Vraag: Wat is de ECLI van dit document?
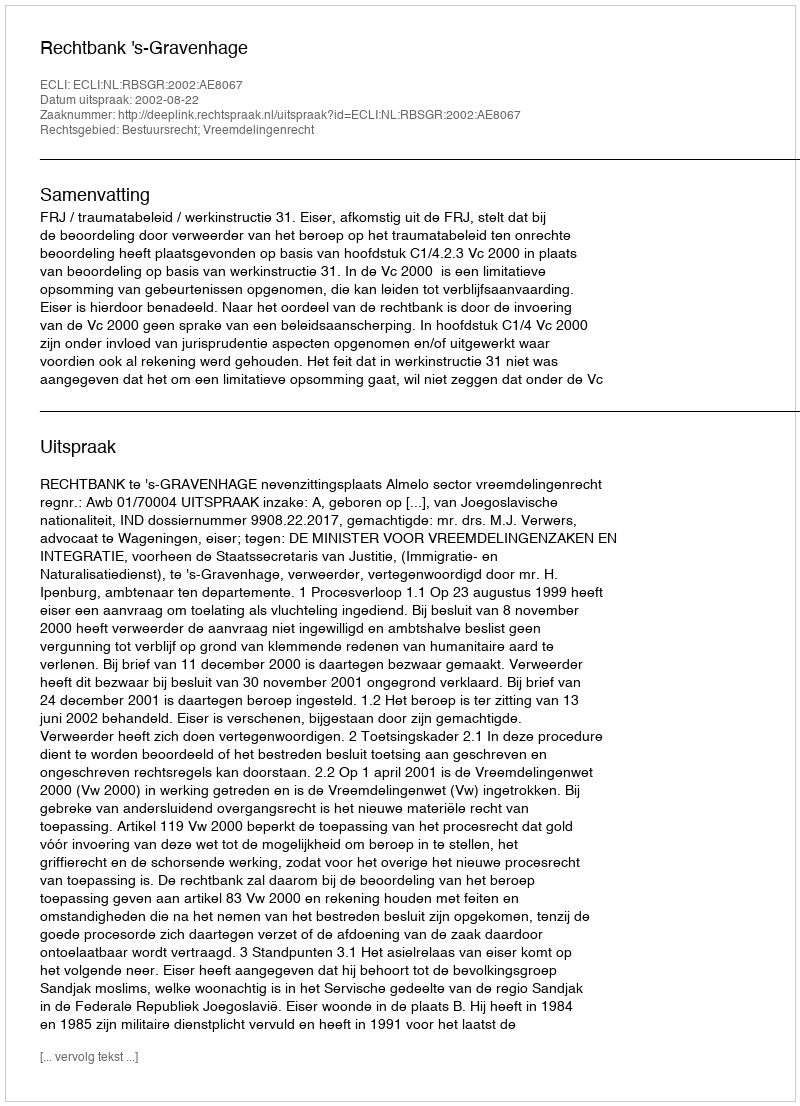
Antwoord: ECLI:NL:RBSGR:2002:AE8067